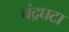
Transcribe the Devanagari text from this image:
चंद्रघटा